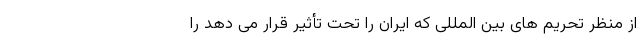
از منظر تحریم های بین المللی که ایران را تحت تأثیر قرار می دهد را